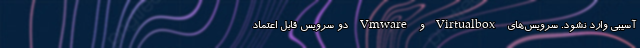
آسیبی وارد نشود. سرویس‌های Virtualbox و Vmware دو سرویس قابل اعتماد